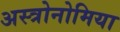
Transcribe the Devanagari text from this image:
अस्त्रोनोमिया